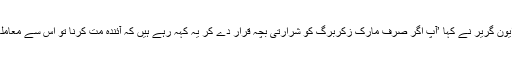
اس سلسلے میں ایون گریر نے کہا ’آپ اگر صرف مارک زکربرگ کو شرارتی بچہ قرار دے کر یہ کہہ رہے ہیں کہ آئندہ مت کرنا تو اس سے معاملہ حل نہیں ہو گا۔